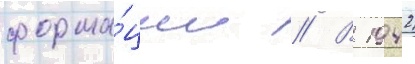
форма́ции // В 1942